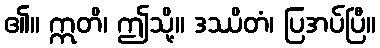
၏။ ဣတိ၊ ဤသို့။ ဒဿိတံ၊ ပြအပ်ပြီ။